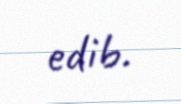
edib.